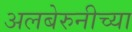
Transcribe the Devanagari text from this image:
अलबेरुनीच्या